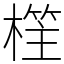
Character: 樦